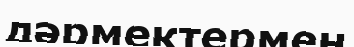
дәрмектермен